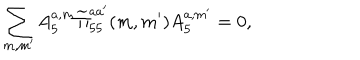
\sum _ { m , m ^ { \prime } } A _ { 5 } ^ { a , m } \widetilde \Pi _ { 5 5 } ^ { a a ^ { \prime } } ( m , m ^ { \prime } ) A _ { 5 } ^ { a , m ^ { \prime } } = 0 ,